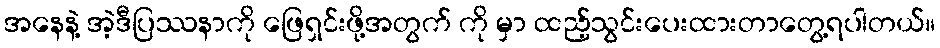
အနေနဲ့ အဲ့ဒီပြဿနာကို ဖြေရှင်းဖို့အတွက် ကို မှာ ထည့်သွင်းပေးထားတာတွေ့ရပါတယ်။